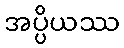
အပ္ပိယဿ